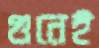
গুনেই